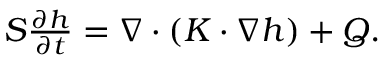
\begin{array} { r } { S \frac { \partial h } { \partial t } = \nabla \cdot ( K \cdot \nabla h ) + Q . } \end{array}